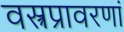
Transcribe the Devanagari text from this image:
वस्त्रप्रावरणां